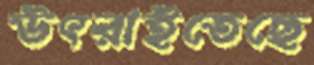
উৎরাইতেছে